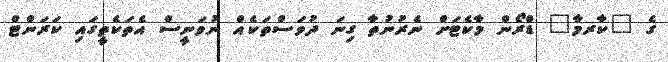
ގެ "ކާރމާ" ޑްރޯން މާކެޓަށް ނެރުނުތާ ގިނަ ދުވަސްތަކެއް ނުވަނީސް އެތަކެތީގައި ކަރަންޓް